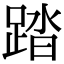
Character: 踏